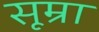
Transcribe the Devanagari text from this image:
सूम्रा